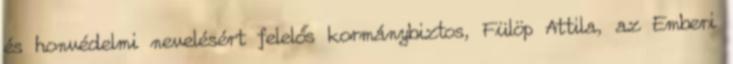
és honvédelmi nevelésért felelős kormánybiztos, Fülöp Attila, az Emberi